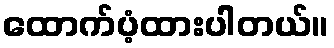
ထောက်ပံ့ထားပါတယ်။